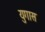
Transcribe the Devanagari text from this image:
युगास